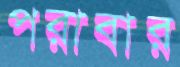
পরাবার